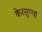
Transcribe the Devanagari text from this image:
केरसुण्या